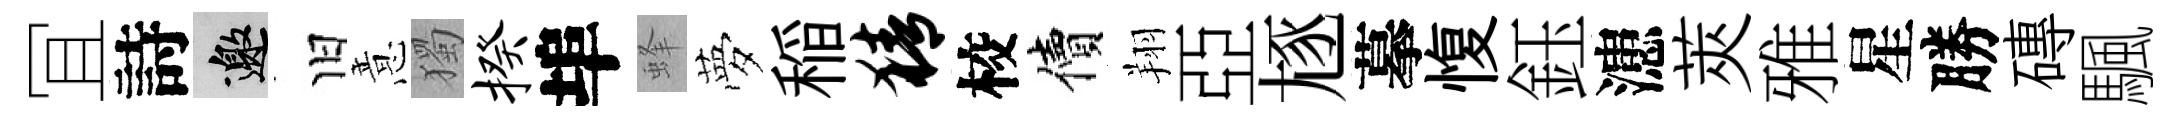
冝詩邀旧意獨揆埠蜂夢稲猜校價翔亞豗摹愎鈺漶莢雅星勝磚颿